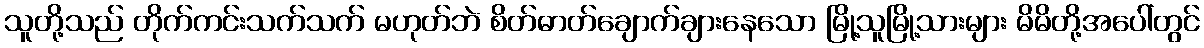
သူတို့သည် တိုက်ကင်းသက်သက် မဟုတ်ဘဲ စိတ်ဓာတ်ချောက်ချားနေသော မြို့သူမြို့သားများ မိမိတို့အပေါ်တွင်